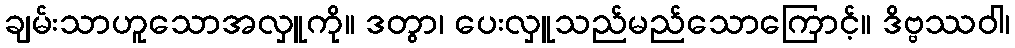
ချမ်းသာဟူသောအလှူကို။ ဒတွာ၊ ပေးလှူသည်မည်သောကြောင့်။ ဒိဗ္ဗဿဝါ၊